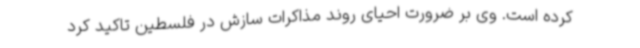
کرده است. وی بر ضرورت احیای روند مذاکرات سازش در فلسطین تاکید کرد